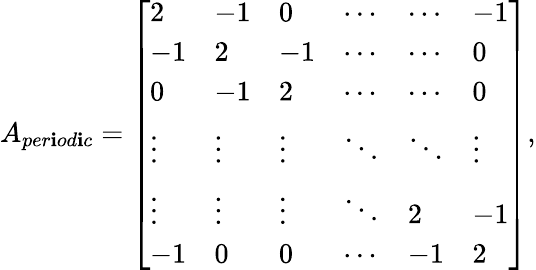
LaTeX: A_{per\mathbf{i}od\mathbf{i}c}=\left[\begin{array}{llllll}{2}&{-1}&{0}&{\cdots}&{\cdots}&{-1}\\ {-1}&{2}&{-1}&{\cdots}&{\cdots}&{0}\\ {0}&{-1}&{2}&{\cdots}&{\cdots}&{0}\\ {\vdots}&{\vdots}&{\vdots}&{\ddots}&{\ddots}&{\vdots}\\ {\vdots}&{\vdots}&{\vdots}&{\ddots}&{2}&{-1}\\ {-1}&{0}&{0}&{\cdots}&{-1}&{2}\end{array}\right],